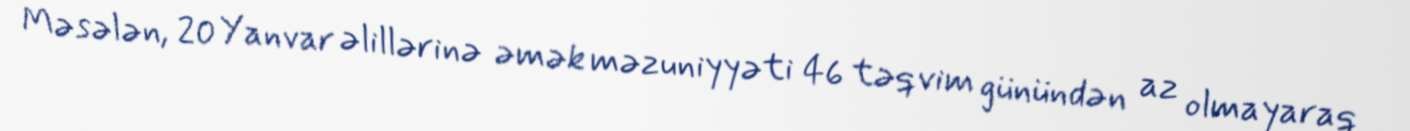
Məsələn, 20 Yanvar əlillərinə əmək məzuniyyəti 46 təqvim günündən az olmayaraq